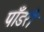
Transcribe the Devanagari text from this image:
पाँडरी